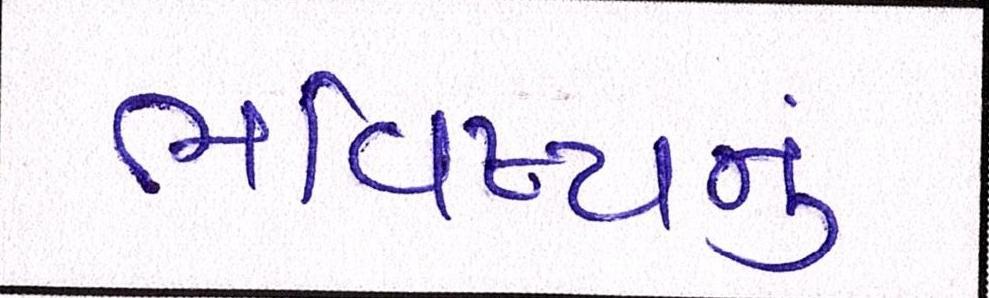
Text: ભવિષ્યનું